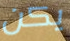
يكن